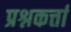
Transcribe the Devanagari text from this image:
प्रश्नकर्त्ता